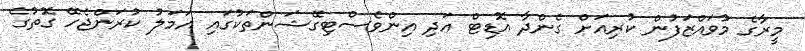
މީރާގެ މުވައްޒަފުން ކުރިއަށް ގެންދާ އޮޑިޓް އަދި އިންވެސްޓިގޭޝަންތަކުގައި އަމަލު ކުރަންޖެހޭ ގޮތުގެ